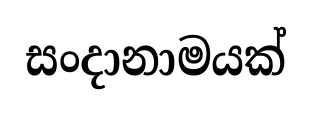
සංදානාමයක්